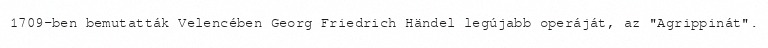
1709-ben bemutatták Velencében Georg Friedrich Händel legújabb operáját, az "Agrippinát".